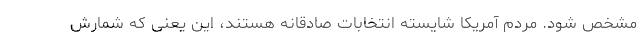
مشخص شود. مردم آمریکا شایسته انتخابات صادقانه هستند، این یعنی که شمارش